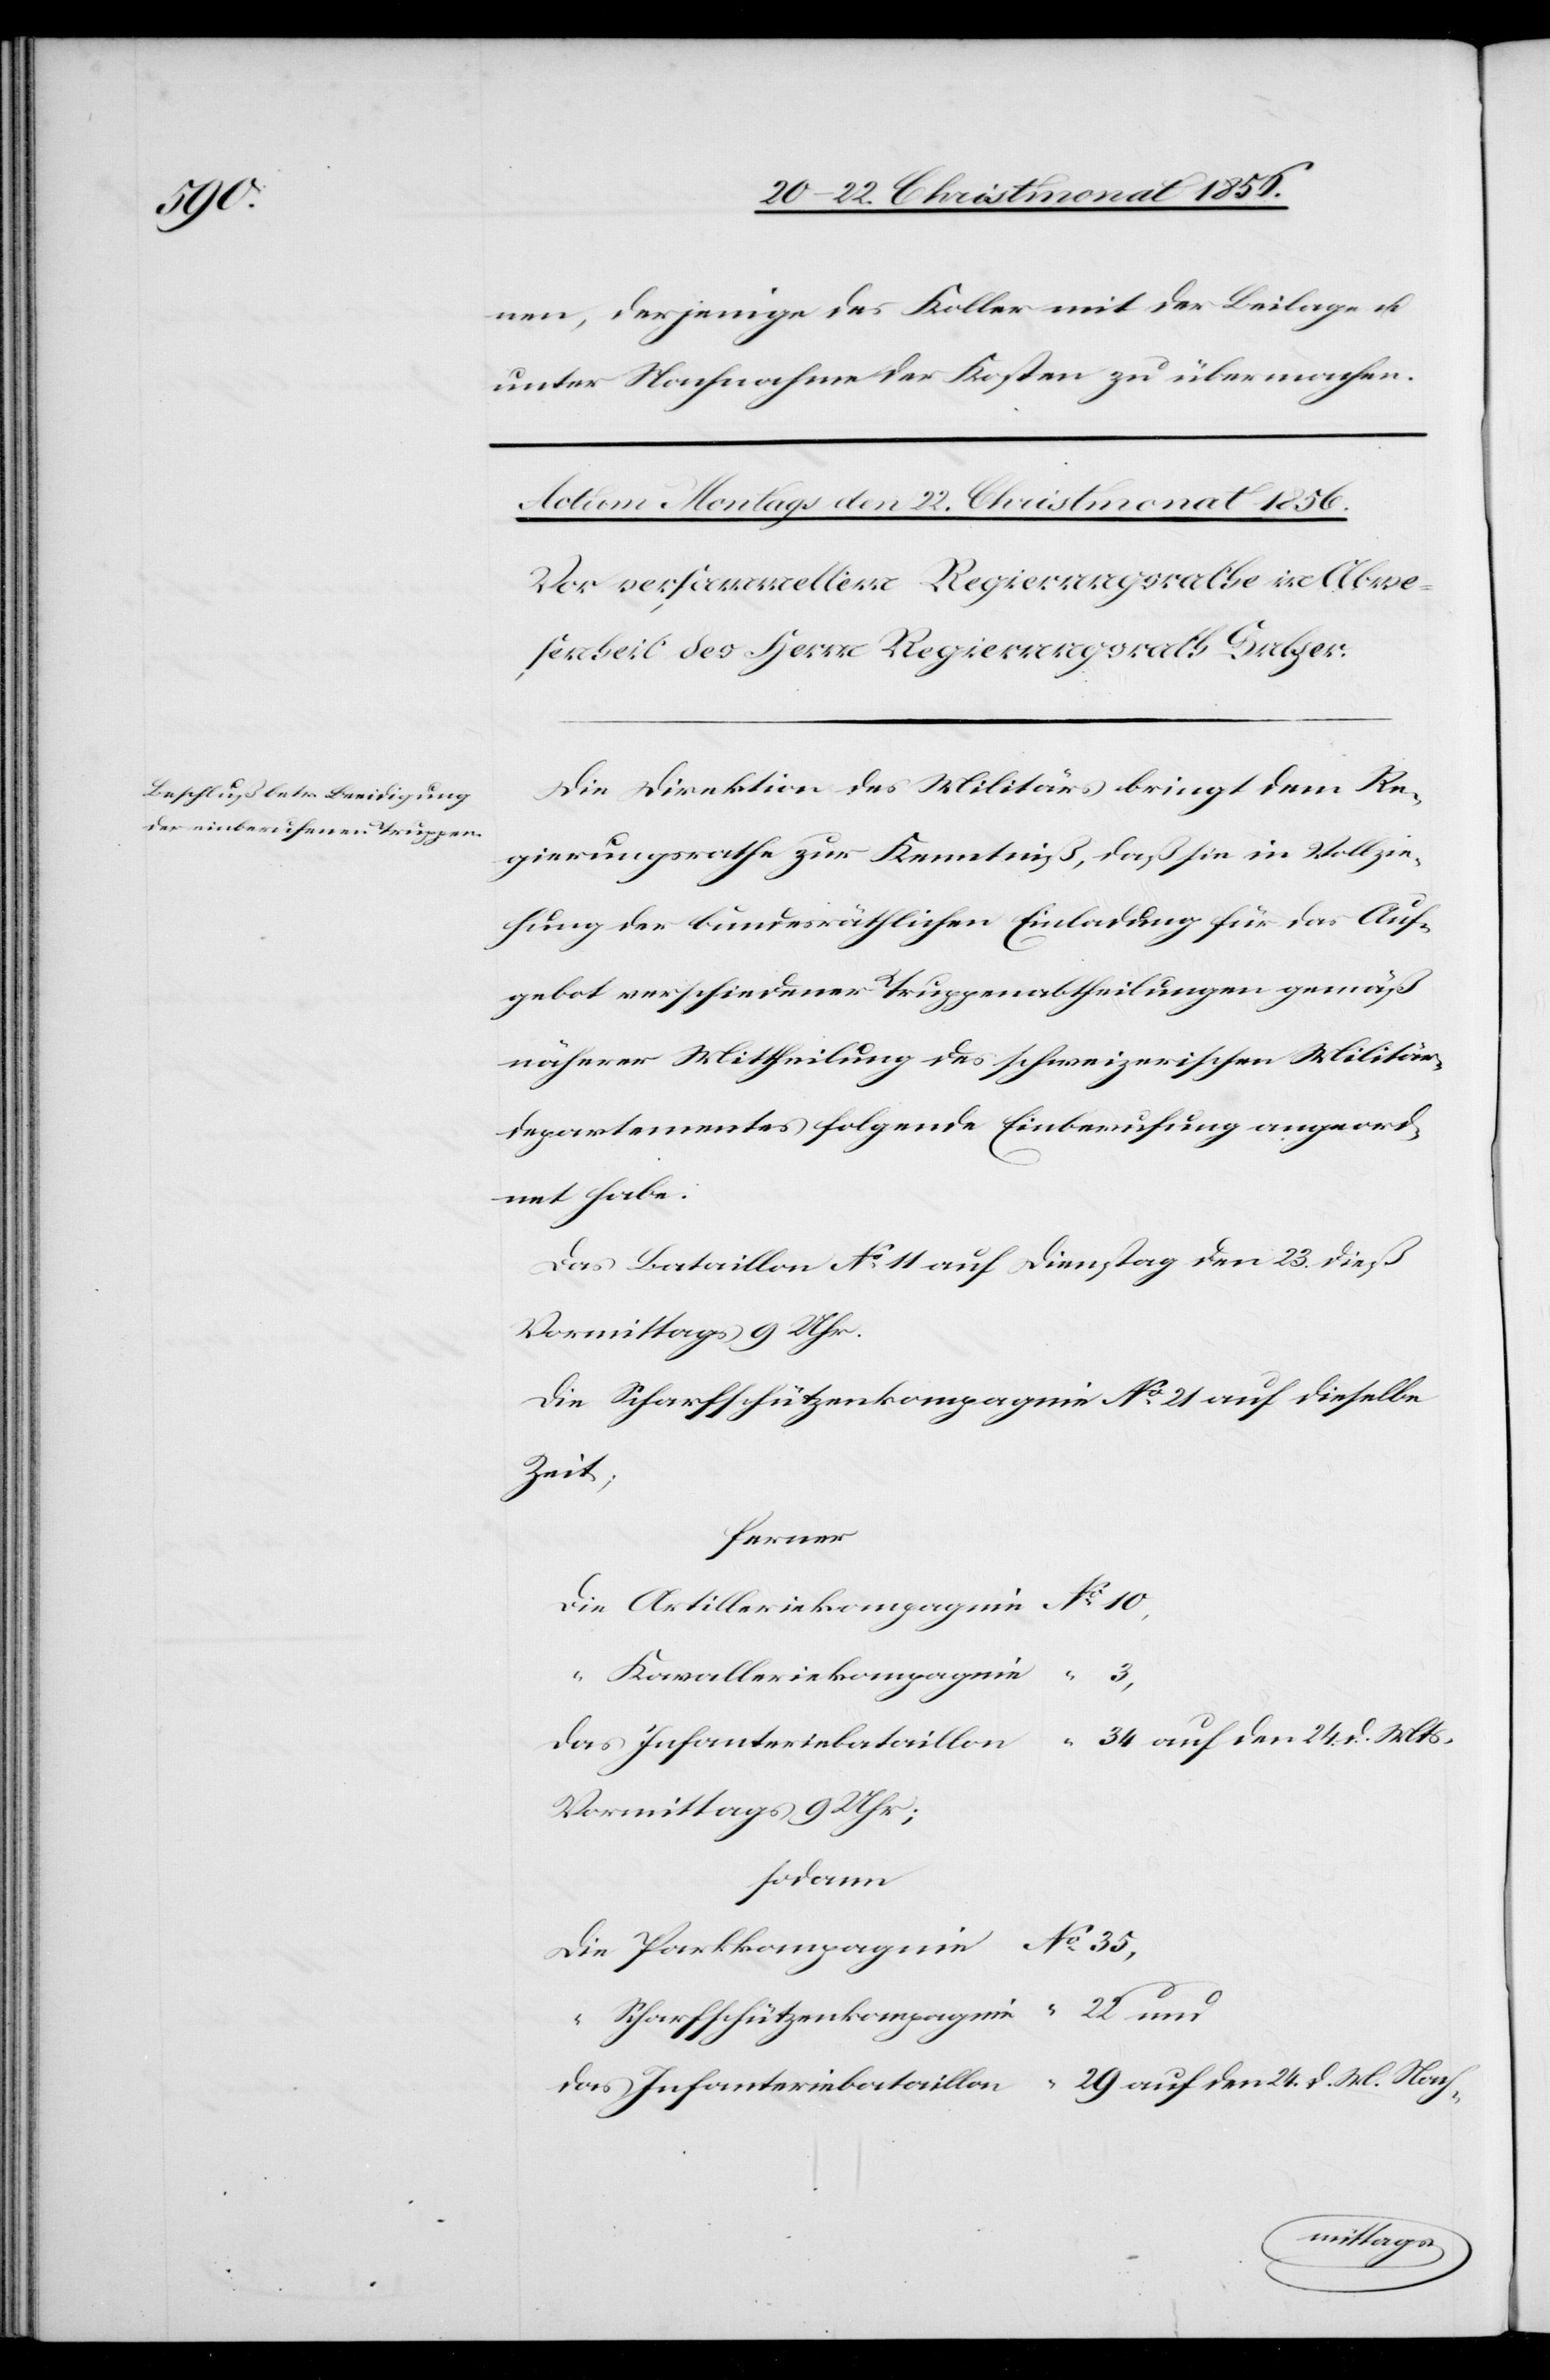
nen, derjenige des Koller mit der Beilage u.
unter Nachnahme der Kosten zu übermachen.
Die Direktion des Militärs bringt dem Re¬
gierungsrathe zur Kenntniß, daß sie in Vollzie¬
hung der bundesräthlichen Einladung für das Auf¬
gebot verschiedener Truppenabtheilungen gemäß
näherer Mittheilung des schweizerischen Militär¬
departementes folgende Einberufung angeord¬
net habe.
Das Bataillon No 11 auf Dienstag den 23. dieß
Vormittags 9 Uhr.
Die Scharfschützenkompagnie No 21 auf dieselbe
Zeit;
ferner
Die Artilleriekompagnie	No 10,
“	Kavalleriekompagnie
3,
34 auf den 24. d. Mts
das Infanteriebataillon	No
Vormittags 9 Uhr;
sodann
Die Parkkompagnie	No 35,
“	Scharfschützenkompagnie	 “ 22 und
das Infanteriebataillon	 “ 29 auf den 24. d. M. Nach-